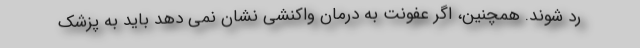
رد شوند. همچنین، اگر عفونت به درمان واکنشی نشان نمی دهد باید به پزشک